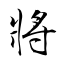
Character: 將